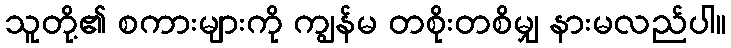
သူတို့၏ စကားများကို ကျွန်မ တစိုးတစိမျှ နားမလည်ပါ။